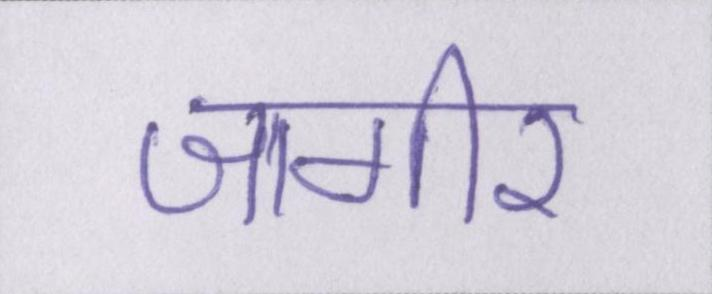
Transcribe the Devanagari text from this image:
जागीर